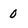
Character: 0